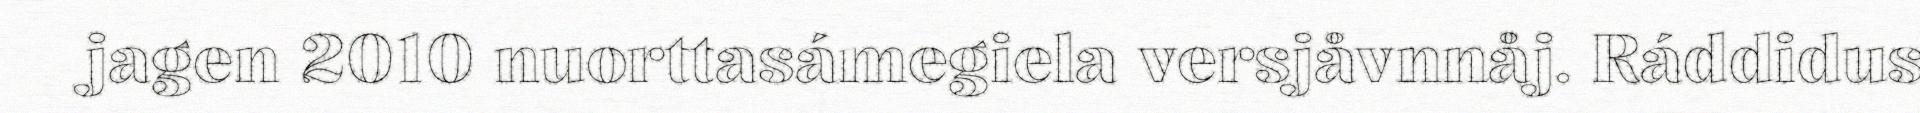
jagen 2010 nuorttasámegiela versjåvnnåj. Ráddidus